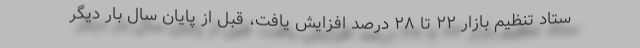
ستاد تنظیم بازار ۲۲ تا ۲۸ درصد افزایش یافت، قبل از پایان سال بار دیگر